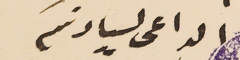
الداعى لسيادتكم